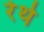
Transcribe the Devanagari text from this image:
रेथे